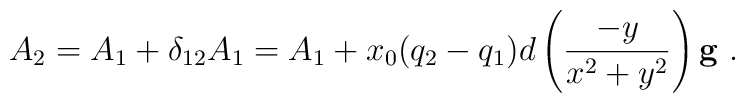
A_{2} =  A_{1} + \delta_{12} A_{1} =  A_{1} +    x_{0} (q_{2}-q_{1}) d \left(\frac{-y}{x^2+y^2}\right)\mathbf{g}~.